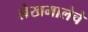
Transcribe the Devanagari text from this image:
लेखमालेचे